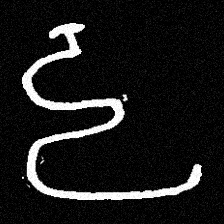
Pyu character \u2014 Myanmar letter: ဠ (romanized: lla)